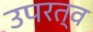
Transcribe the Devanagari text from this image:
उपरत्व